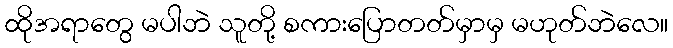
ထိုအရာတွေ မပါဘဲ သူတို့ စကားပြောတတ်မှာမှ မဟုတ်ဘဲလေ။